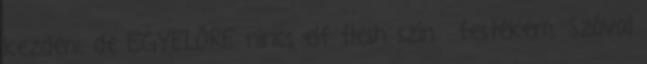
kezdeni, de EGYELŐRE nincs elf flesh színű festékem. Szóval